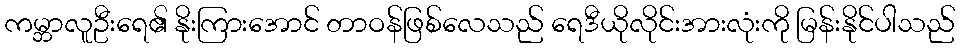
ကမ္ဘာလူဦးရေ၏ နိုးကြားအောင် တာဝန်ဖြစ်လေသည် ရေဒီယိုလိုင်းအားလုံးကို မြန်းနိုင်ပါသည်